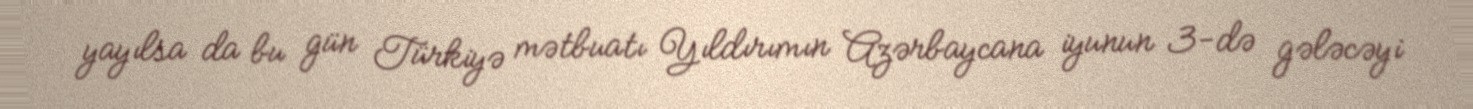
yayılsa da bu gün Türkiyə mətbuatı Yıldırımın Azərbaycana iyunun 3-də gələcəyi